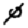
Digit: 0